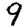
Digit: 9